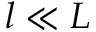
l \ll L